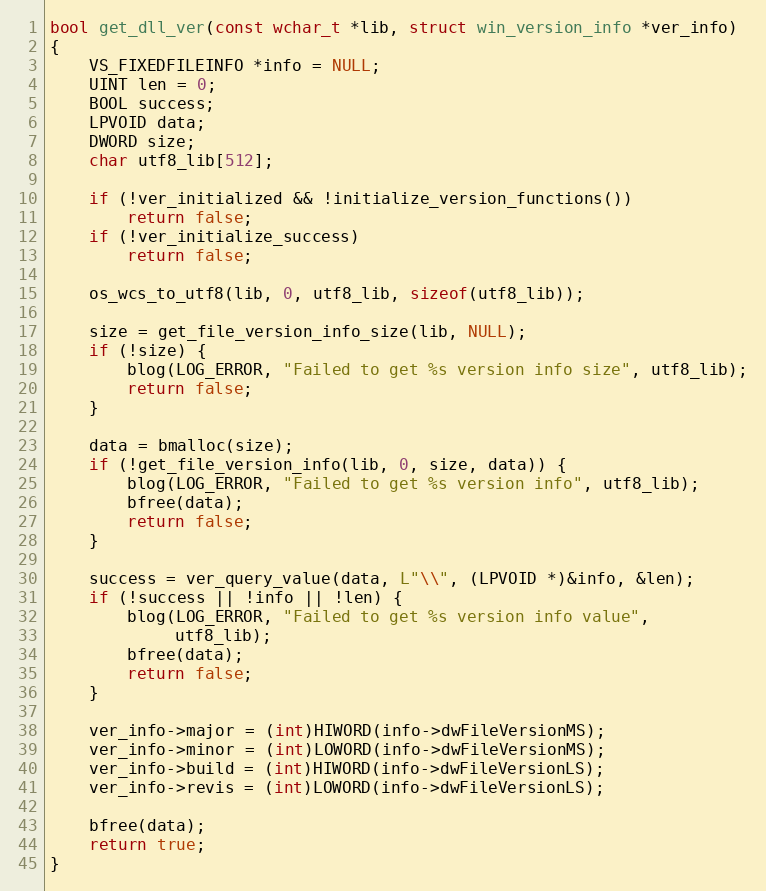
Language: C
bool get_dll_ver(const wchar_t *lib, struct win_version_info *ver_info)
{
	VS_FIXEDFILEINFO *info = NULL;
	UINT len = 0;
	BOOL success;
	LPVOID data;
	DWORD size;
	char utf8_lib[512];

	if (!ver_initialized && !initialize_version_functions())
		return false;
	if (!ver_initialize_success)
		return false;

	os_wcs_to_utf8(lib, 0, utf8_lib, sizeof(utf8_lib));

	size = get_file_version_info_size(lib, NULL);
	if (!size) {
		blog(LOG_ERROR, "Failed to get %s version info size", utf8_lib);
		return false;
	}

	data = bmalloc(size);
	if (!get_file_version_info(lib, 0, size, data)) {
		blog(LOG_ERROR, "Failed to get %s version info", utf8_lib);
		bfree(data);
		return false;
	}

	success = ver_query_value(data, L"\\", (LPVOID *)&info, &len);
	if (!success || !info || !len) {
		blog(LOG_ERROR, "Failed to get %s version info value",
		     utf8_lib);
		bfree(data);
		return false;
	}

	ver_info->major = (int)HIWORD(info->dwFileVersionMS);
	ver_info->minor = (int)LOWORD(info->dwFileVersionMS);
	ver_info->build = (int)HIWORD(info->dwFileVersionLS);
	ver_info->revis = (int)LOWORD(info->dwFileVersionLS);

	bfree(data);
	return true;
}